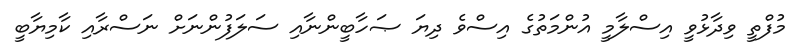
މުފްތީ ވިދާޅުވީ އިސްލާމީ އުންމަތުގެ އިސްވެ ދިޔަ ޞަހާބީންނާއި ސަލަފުންނަށް ނަސްރާއި ކާމިޔާބީ